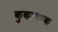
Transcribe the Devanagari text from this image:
कुकाकाक